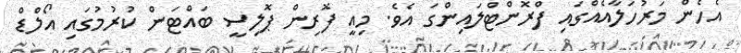
އެހެން މަރުހަލާއެއްގައި ފްރޮންޓްލައިންގަ އެވެ. މިއީ ފޮރިން ޕޮލިސީ ބައްޓަން ކުރުމުގައި އޯލްޑް